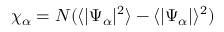
\chi _ { \alpha } = N ( \langle | \Psi _ { \alpha } | ^ { 2 } \rangle - \langle | \Psi _ { \alpha } | \rangle ^ { 2 } )